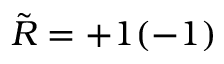
\tilde { \cal R } = + 1 ( - 1 )